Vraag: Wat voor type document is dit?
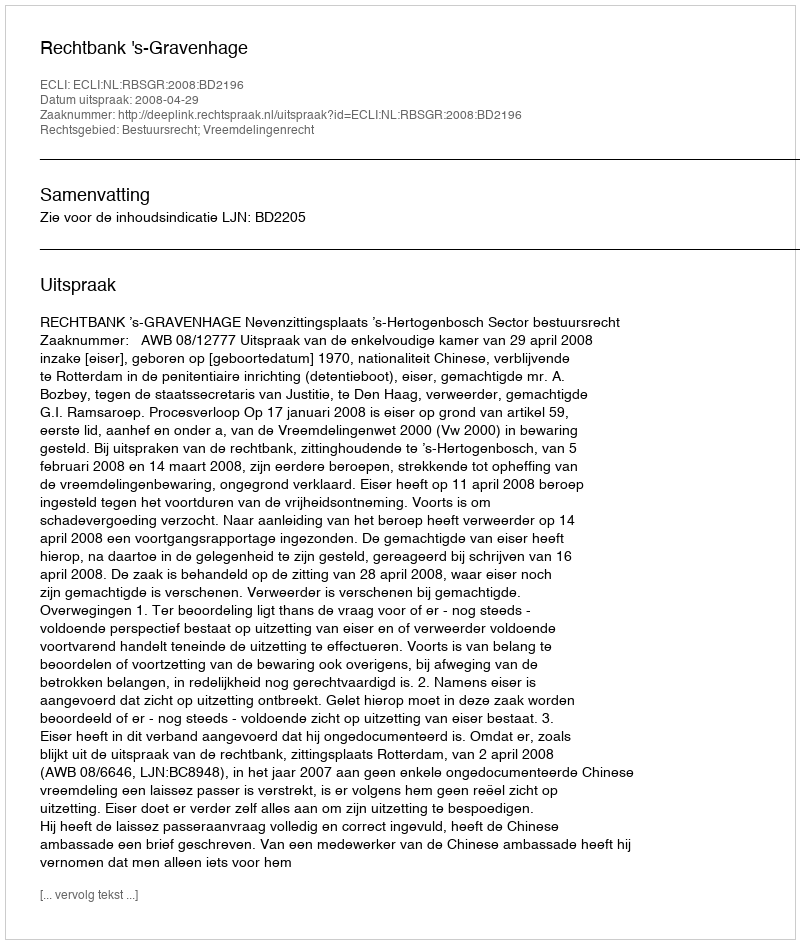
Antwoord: Uitspraak